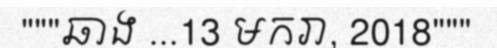
"""ឆាង ...13 មករា, 2018"""